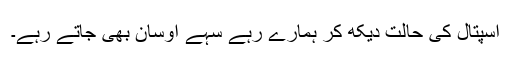
اسپتال کی حالت دیکھ کر ہمارے رہے سہے اوسان بھی جاتے رہے۔